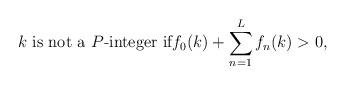
LaTeX: \begin{align*}\textrm{ $k$ is not a $P$-integer if} f_{0}(k) + \sum_{n=1}^{L} f_{n}(k) >0,\end{align*}